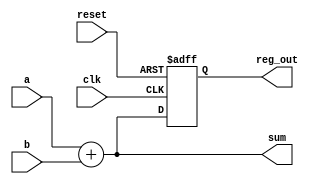
module example_design (
    input wire clk,            // Clock input
    input wire reset,          // Reset input
    input wire [3:0] a,       // 4-bit input
    input wire [3:0] b,       // 4-bit input
    output reg [3:0] sum,     // 4-bit output for combinational logic
    output reg [3:0] reg_out   // 4-bit output for sequential logic
);

// Combinational logic block
always @* begin
    sum = a + b; // Sum of inputs a and b
end

// Sequential logic block
always @(posedge clk or posedge reset) begin
    if (reset) begin
        reg_out <= 4'b0000; // Reset the output to 0
    end else begin
        reg_out <= sum; // Store the sum on clock edge
    end
end

endmodule